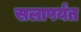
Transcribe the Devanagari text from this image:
सलापर्यंत